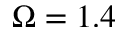
\Omega = 1 . 4